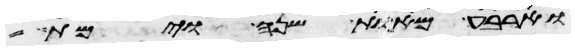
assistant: וארבע מאות שנה וימת